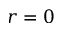
r = 0